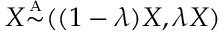
X { \overset { \underset { \mathrm { A } } { } } { \sim } } ( ( 1 - \lambda ) X , \lambda X )